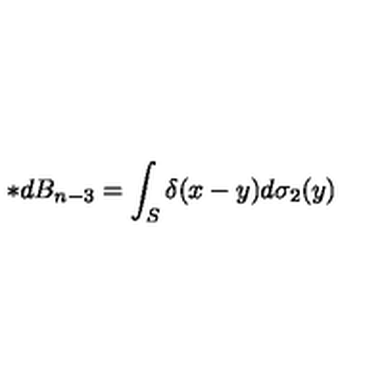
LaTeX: \ast d B _ { n - 3 } = \int _ { S } \delta ( x - y ) d \sigma _ { 2 } ( y )